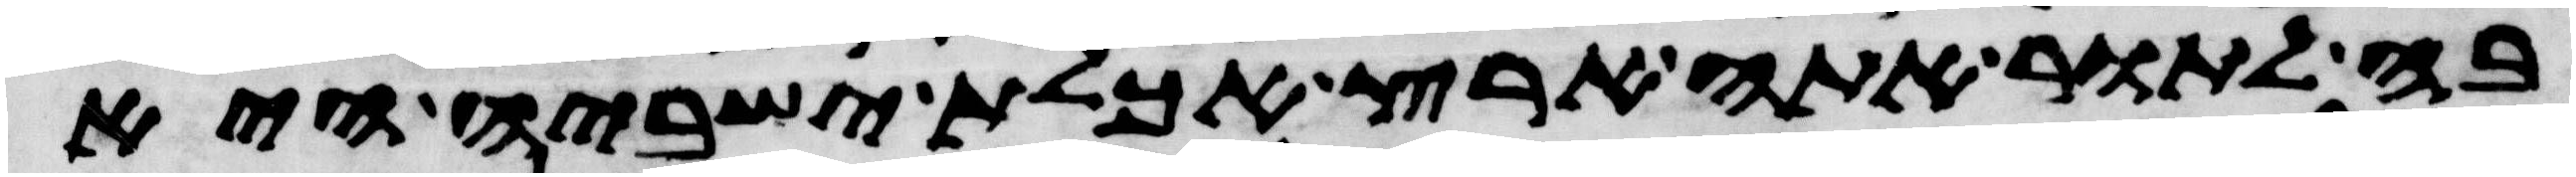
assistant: בה לתור אתה ארץ אכלת ישביה היא